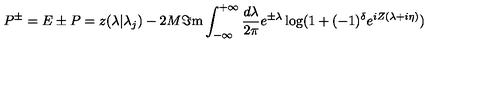
P ^ { \pm } = E \pm P = z ( \lambda | \lambda _ { j } ) - 2 M \Im \mathrm { m } \int _ { - \infty } ^ { + \infty } \frac { d \lambda } { 2 \pi } e ^ { \pm \lambda } \log ( 1 + ( - 1 ) ^ { \delta } e ^ { i Z ( \lambda + i \eta ) } )